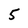
Character: 5